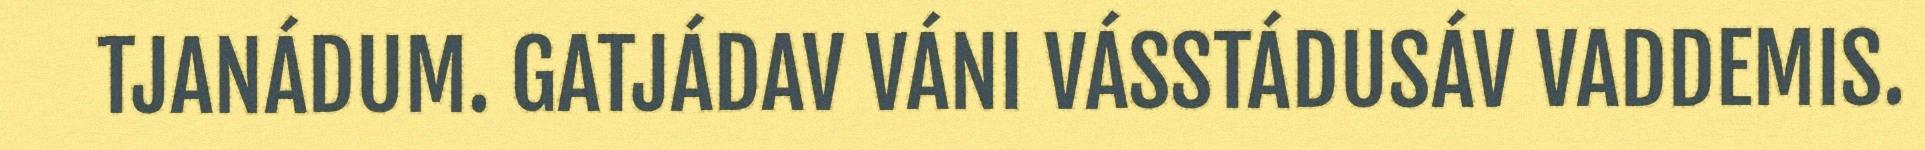
TJANÁDUM. GATJÁDAV VÁNI VÁSSTÁDUSÁV VADDEMIS.